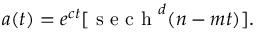
a ( t ) = e ^ { c t } [ \mathrm { ~ s ~ e ~ c ~ h ~ } ^ { d } ( n - m t ) ] .